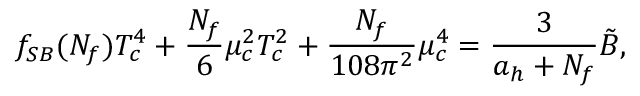
f _ { S B } ( N _ { f } ) T _ { c } ^ { 4 } + { \frac { N _ { f } } { 6 } } \mu _ { c } ^ { 2 } T _ { c } ^ { 2 } + { \frac { N _ { f } } { 1 0 8 \pi ^ { 2 } } } \mu _ { c } ^ { 4 } = { \frac { 3 } { a _ { h } + N _ { f } } } \tilde { B } ,